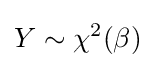
Y\sim \chi ^{2}(\beta )